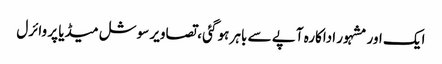
ایک اور مشہور اداکارہ آپے سے باہر ہو گئی ، تصاویر سوشل میڈیا پر وائرل